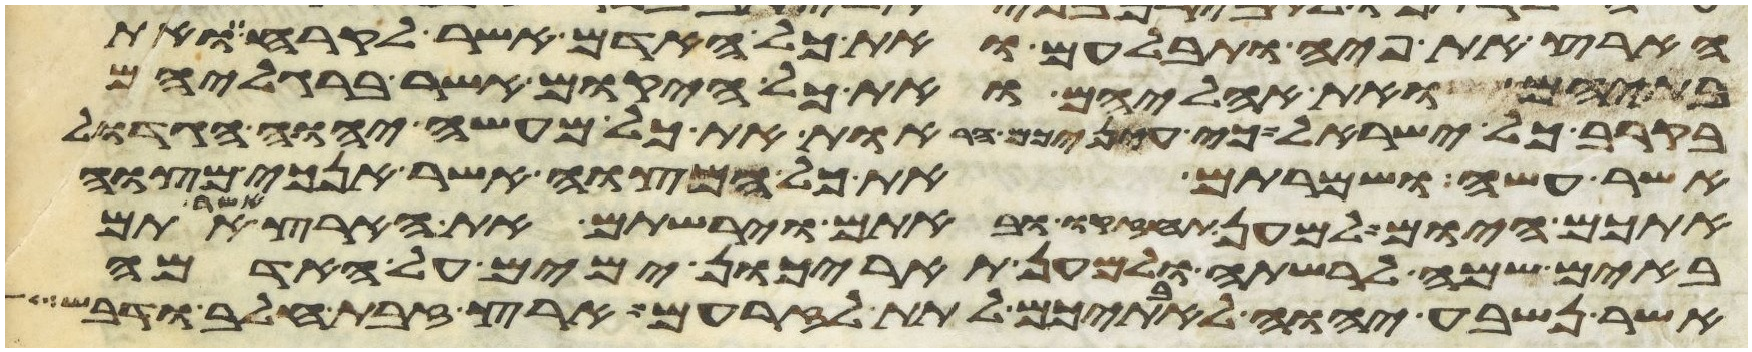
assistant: הארץ את פיה ותבלעם ואת כל האדם אשר לקרח ואת
בתיהם ואת אהליהם ואת כל היקום אשר ברגליהם
בקרב כל ישראל כי עיניכם הראות את כל מעשה יהוה הגדול
אשר עשה ושמרתם את כל המצוה אשר אנכי מצוה
אתכם היום למען תחזקו ובאתם וירשתם את הארץ אשר אתם
באים שמה לרשתה ולמען תאריכון ימים על האדמה
אשר נשבע יהוה לאבתיכם לתת לזרעם ארץ זבת חלב ודבש